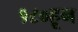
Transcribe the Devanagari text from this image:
१८०हून